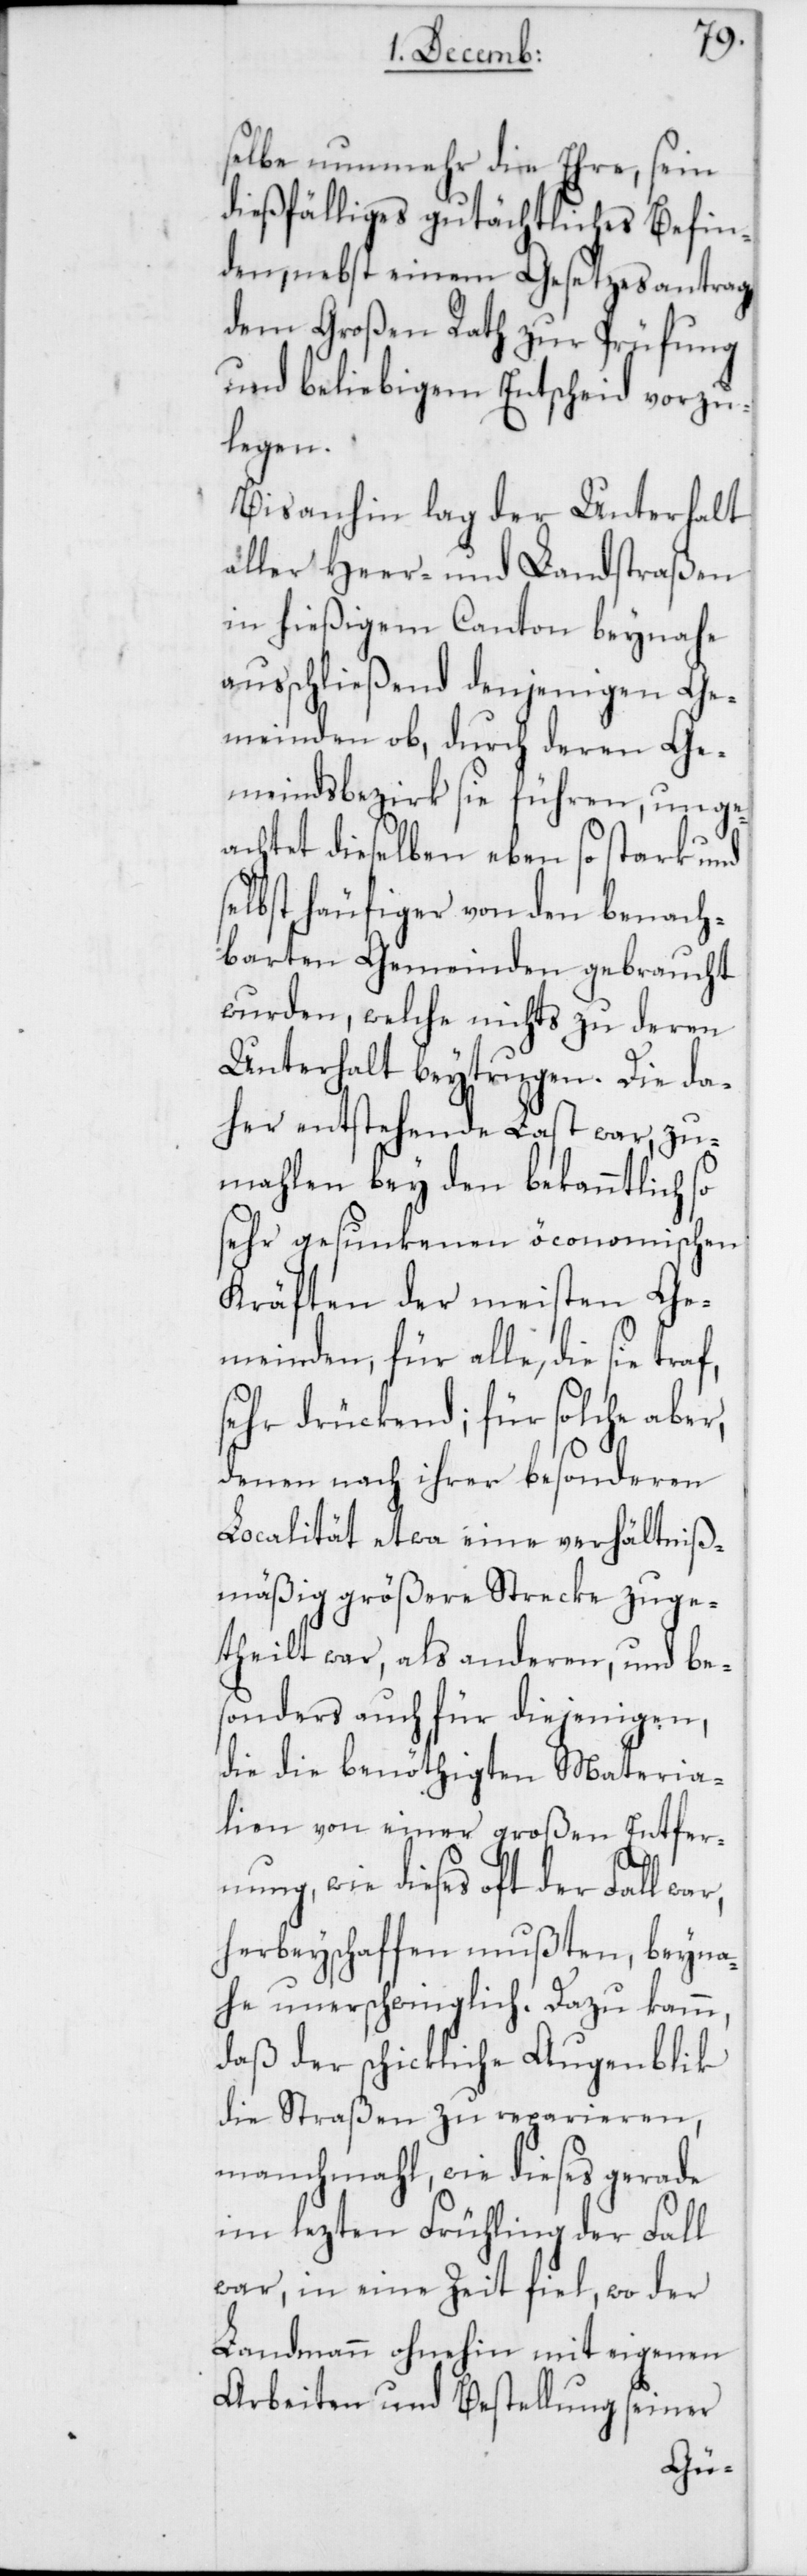
selbe nunmehr die Ehre, sein
dießfälliges gutächtliches Befin¬
den, nebst einem Gesetzesantrag
dem Großen Rath zur Prüfung
und beliebigem Entscheid vorzu¬
legen.
Bis anhin lag der Unterhalt
aller Heer- und Landstraßen
in hießigem Canton beynahe
ausschließend denjenigen Ge¬
meinden ob, durch deren Ge¬
meindsbezirk sie führen, unge¬
achtet dieselben eben so stark und
selbst häufiger von den benach¬
barten Gemeinden gebraucht
wurden, welche nichts zu deren
Unterhalt beytrugen. Die da¬
her entstehende Last war, zu¬
mahlen bey den bekanntlich so
sehr gesunkenen öconomischen
Kräften der meisten Ge¬
meinden, für alle, die sie traf,
sehr drückend; für solche aber,
denen nach ihrer besonderen
Localität etwa eine verhältniß¬
mäßig größere Strecke zuge¬
theilt war, als anderen, und be¬
sonders auch für diejenigen,
die die benöthigten Materia¬
lien von einer großen Entfer¬
nung, wie dieses oft der Fall
herbeyschaffen mußten, beyna¬
he unerschwinglich. Dazu kamm,
daß der schickliche Augenblick
die Straßen zu reparieren,
manchmahl, wie dieses gerade
im lezten Frühling der Fall
war, in eine Zeit fiel, wo der
Landmann ohnehin mit eigenen
Arbeiten und Bestellung seiner